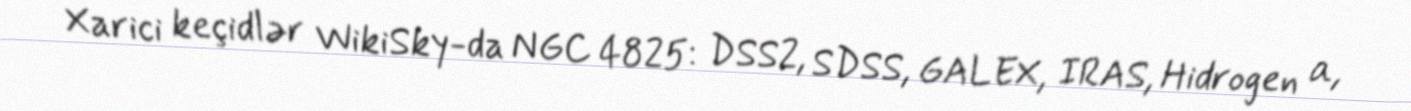
Xarici keçidlər WikiSky-da NGC 4825: DSS2, SDSS, GALEX, IRAS, Hidrogen α,